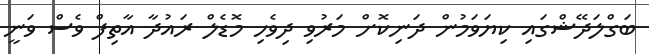
ބަގްލަދޭޝްގައި ކިޔަވަމުން ދަނިކޮށް މަރުވި ދިވެހި މޮޑެލް ރައުދާ އާތިފް ވެސް ވަނީ